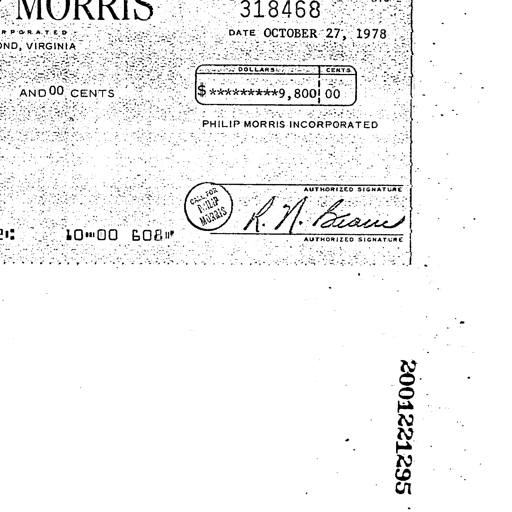
MORRIS
318468
DATE OCTOBER 27, 1978
AND 00 CENTS
DOLLARS CENTS
$ *********9,800 00
PHILIP MORRIS INCORPORATED
CALL FOR PHILIP MORRIS
AUTHORIZED SIGNATURE
R. N. Bean
AUTHORIZED SIGNATURE
10 00 608
2001221295